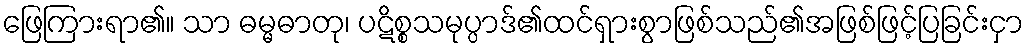
ဖြေကြားရာ၏။ သာ ဓမ္မဓာတု၊ ပဋိစ္စသမုပ္ပာဒ်၏ထင်ရှားစွာဖြစ်သည်၏အဖြစ်ဖြင့်ပြခြင်းငှာ